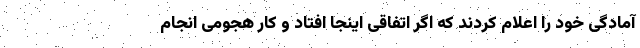
آمادگی خود را اعلام کردند که اگر اتفاقی اینجا افتاد و کار هجومی انجام